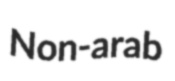
Non-arab